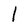
Character: 1